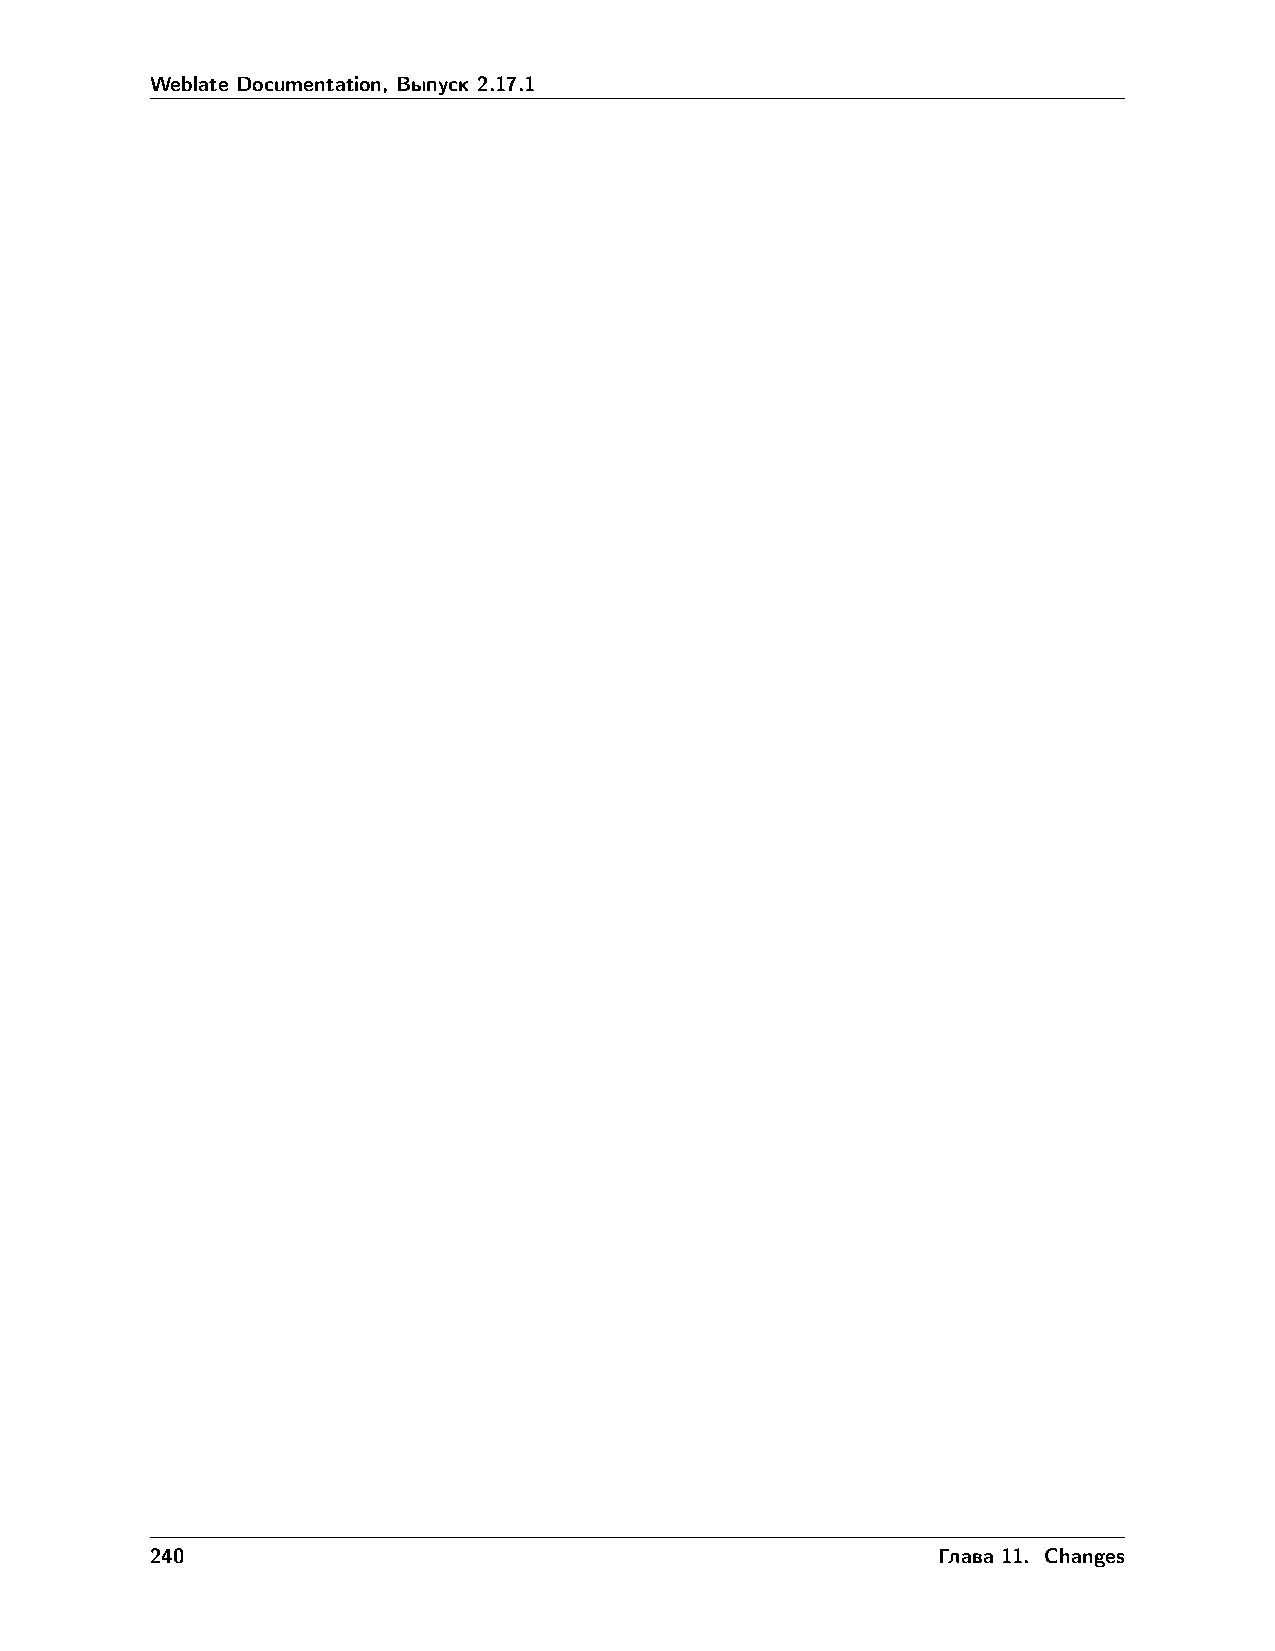
Weblate Documentation, Выпуск 2.17.1
 240                                                 Глава 11. Changes